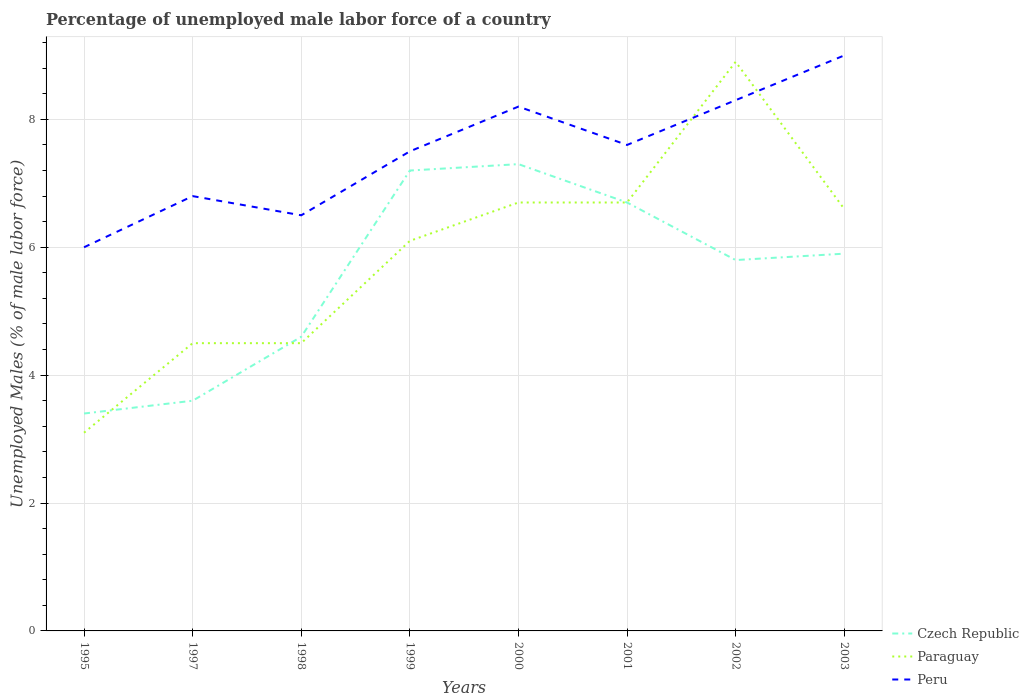
| Years | Czech Republic | Paraguay | Peru |
 | --- | --- | --- | --- |
 | 1995 | 3.4 | 3.1 | 6 |
 | 1997 | 3.6 | 4.5 | 6.8 |
 | 1998 | 4.6 | 4.5 | 6.5 |
 | 1999 | 7.2 | 6.1 | 7.5 |
 | 2000 | 7.3 | 6.7 | 8.2 |
 | 2001 | 6.7 | 6.7 | 7.6 |
 | 2002 | 5.8 | 8.9 | 8.3 |
 | 2003 | 5.9 | 6.6 | 9 |